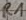
Text: R1